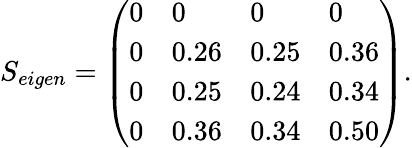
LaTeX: \begin{array}{r}{{{S}_{eigen}}=\left(\begin{array}{llll}{0}&{0}&{0}&{0}\\ {0}&{0.26}&{0.25}&{0.36}\\ {0}&{0.25}&{0.24}&{0.34}\\ {0}&{0.36}&{0.34}&{0.50}\end{array}\right).}\end{array}